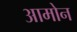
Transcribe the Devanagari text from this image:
आमोन